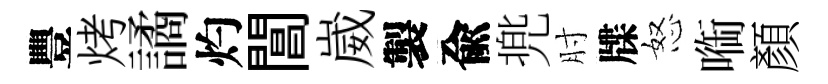
豐烤譎灼閶崴製兪兠肘牒怒㗸顏